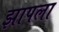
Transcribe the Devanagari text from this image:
झापला